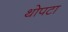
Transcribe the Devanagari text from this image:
थोपटा